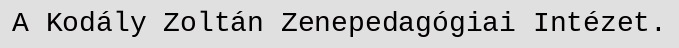
A Kodály Zoltán Zenepedagógiai Intézet.